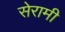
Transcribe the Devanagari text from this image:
सेरामी